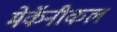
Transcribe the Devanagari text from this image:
मेकॅनीकल